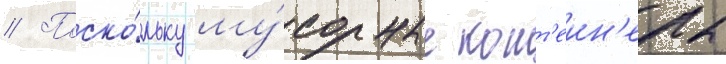
// Поско́льку му́сорные конт'еин'еры